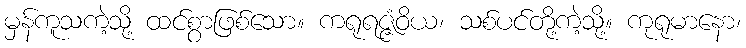
မှန်ကူသကဲ့သို့ ထင်စွာဖြစ်သော။ ကရုရဇ္ဇံဝိယ၊ သစ်ပင်တို့ကဲ့သို့။ ကုရုမာနော၊